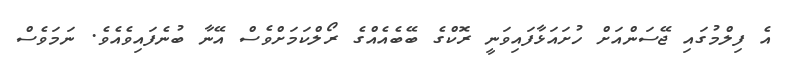
އެ ފިލްމުގައި ޖޭސަންއަށް ހުށައަޅާފައިވަނީ ރޮކްގެ ބޭބެއެއްގެ ރޯލްކަމަށްވެސް އޭނާ ބުނެފައިވެއެވެ. ނަމަވެސް